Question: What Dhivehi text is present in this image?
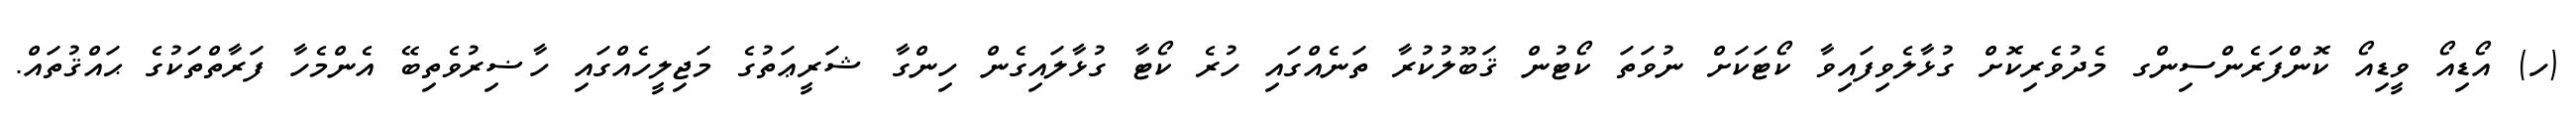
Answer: (ހ) އޯޑިއޯ ވީޑިއޯ ކޮންފަރެންސިންގ މެދުވެރިކޮށް ގުޅާލެވިފައިވާ ކޯޓަކަށް ނުވަތަ ކޯޓުން ޤަބޫލުކުރާ ތަނެއްގައި ހުރެ ކޯޓާ ގުޅާލައިގެން ހިންގާ ޝަރީޢަތުގެ މަޖިލީހެއްގައި ހާޟިރުވެތިބޭ އެންމެހާ ފަރާތްތަކުގެ ޙައްޤުތައް.